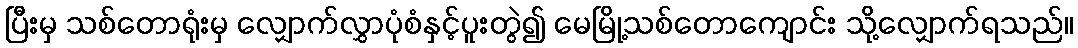
ပြီးမှ သစ်တောရုံးမှ လျှောက်လွှာပုံစံနှင့်ပူးတွဲ၍ မေမြို့သစ်တောကျောင်း သို့လျှောက်ရသည်။